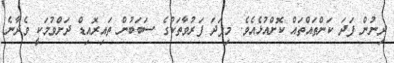
ދިނުން ފަދަ ކަންތައްތައް ކޮށްއުޅެއެވެ. މިފަދަ ފަރުވާތަކުގެ ސަބަބުން ތައިރޮއިޑް ދަށްވުމަކީ ވެދާނެ